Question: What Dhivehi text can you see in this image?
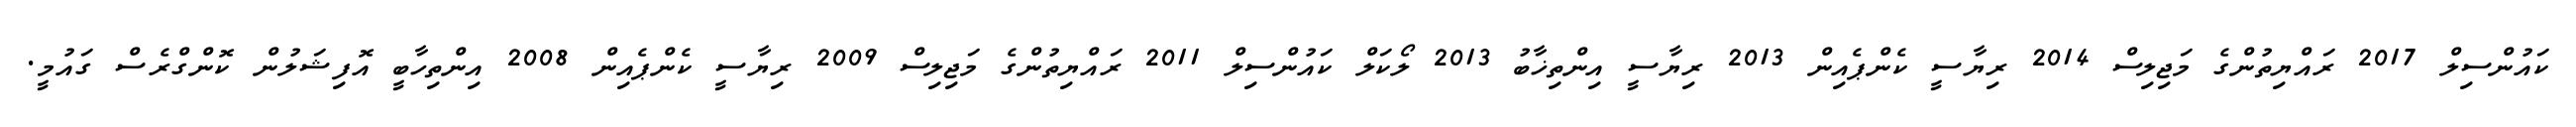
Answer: ކައުންސިލް 2017 ރައްޔިތުންގެ މަޖިލިސް 2014 ރިޔާސީ ކެންޕެއިން 2013 ރިޔާސީ އިންތިޚާބު 2013 ލޯކަލް ކައުންސިލް 2011 ރައްޔިތުންގެ މަޖިލިސް 2009 ރިޔާސީ ކެންޕެއިން 2008 އިންތިހާބީ އޮފިޝަލުން ކޮންގްރެސް ގައުމީ.